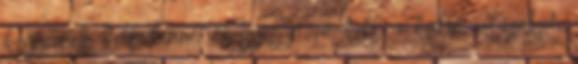
kegyesnek kell lenni. és gyógyítani kell a külső világokat.